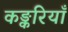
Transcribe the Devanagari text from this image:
कङ्करियाँ